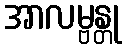
အာလမ္ဗန္တု